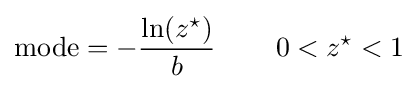
{\text{mode}}=-{\frac {\ln(z^{\star })}{b}}\,\qquad 0<z^{\star }<1